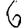
Digit: 6